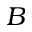
B